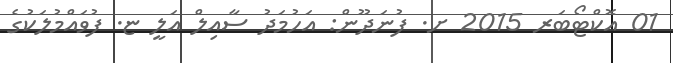
01 އޮކްޓޯބަރ 2015 ށ. ފުނަދޫން: އަހުމަދު ސާއިލް އަލީ ޏ. ފުވައްމުލަކުގެ